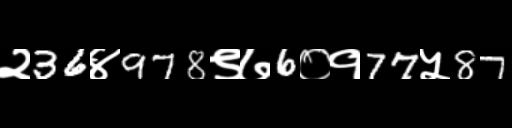
Text: २36४978९७6०१77५87